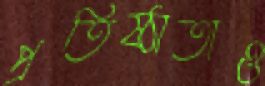
প্রতিষ্ঠাতাও